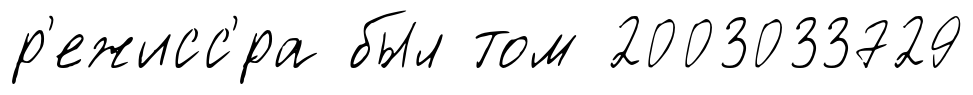
р'ежисс'́ра был том 2003033729